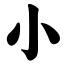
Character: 小